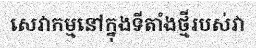
សេវាកម្មនៅក្នុងទីតាំងថ្មីរបស់វា